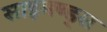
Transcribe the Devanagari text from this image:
साइमण्ड्स